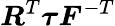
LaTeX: {\boldsymbol{R}}^{T}{\boldsymbol{\tau}}{\boldsymbol{F}}^{-T}